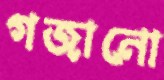
গজানো